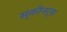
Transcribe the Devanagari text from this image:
स्कीनर्स